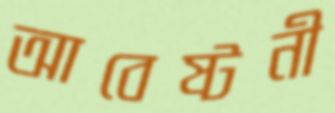
আবেষ্টনী